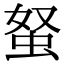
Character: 𧉭